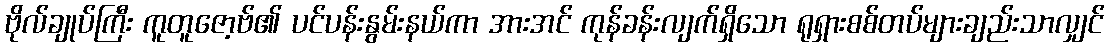
ဗိုလ်ချုပ်ကြီး ကူတူဇော့ဗ်၏ ပင်ပန်းနွမ်းနယ်ကာ အားအင် ကုန်ခန်းလျက်ရှိသော ရုရှားစစ်တပ်များချည်းသာလျှင်